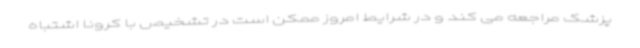
پزشک مراجعه می کند و در شرایط امروز ممکن است در تشخیص با کرونا اشتباه